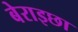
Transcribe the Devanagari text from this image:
बेराइछा